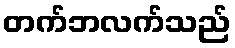
တက်ဘလက်သည်